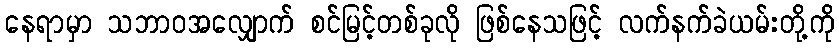
နေရာမှာ သဘာဝအလျှောက် စင်မြင့်တစ်ခုလို ဖြစ်နေသဖြင့် လက်နက်ခဲယမ်းတို့ကို